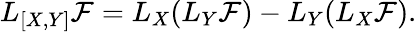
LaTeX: L_{[X,Y]}\mathcal{F}=L_{X}(L_{Y}\mathcal{F})-L_{Y}(L_{X}\mathcal{F}).